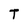
Character: T